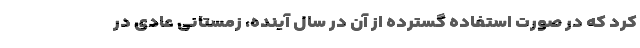
کرد که در صورت استفاده گسترده از آن در سال آینده، زمستانی عادی در